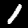
Label: 1